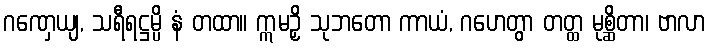
ဂဏှေယျ, သရီရဋ္ဌမ္ပိ နံ တထာ။ ဣမဉှိ သုဘတော ကာယံ, ဂဟေတွာ တတ္ထ မုစ္ဆိတာ၊ ဗာလာ